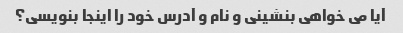
آیا می خواهی بنشینی و نام و آدرس خود را اینجا بنویسی؟